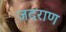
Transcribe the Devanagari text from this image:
ज़दराण